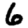
Digit: 6